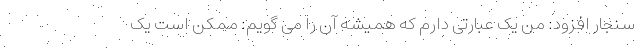
سنجار افزود: من یک عبارتی دارم که همیشه آن را می گویم: ممکن است یک